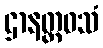
ဌာနတ္ထဝသံ